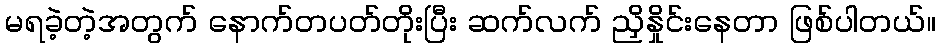
မရခဲ့တဲ့အတွက် နောက်တပတ်တိုးပြီး ဆက်လက် ညှိနှိုင်းနေတာ ဖြစ်ပါတယ်။